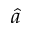
\hat { a }